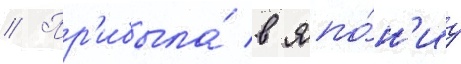
// Пр'ибыла́ в япо́н'иу